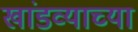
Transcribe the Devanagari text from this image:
खांडव्याच्या